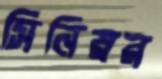
সিনিয়র